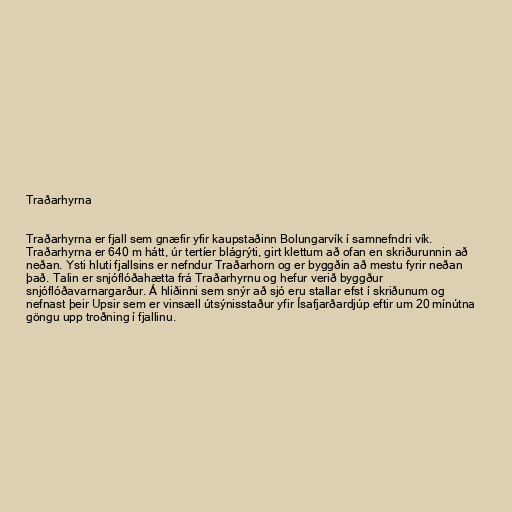
Traðarhyrna

Traðarhyrna er fjall sem gnæfir yfir kaupstaðinn Bolungarvík í samnefndri vík.
Traðarhyrna er 640 m hátt, úr tertíer blágrýti, girt klettum að ofan en skriðurunnin að
neðan. Ysti hluti fjallsins er nefndur Traðarhorn og er byggðin að mestu fyrir neðan
það. Talin er snjóflóðahætta frá Traðarhyrnu og hefur verið byggður
snjóflóðavarnargarður. Á hliðinni sem snýr að sjó eru stallar efst í skriðunum og
nefnast þeir Upsir sem er vinsæll útsýnisstaður yfir Ísafjarðardjúp eftir um 20 mínútna
göngu upp troðning í fjallinu.